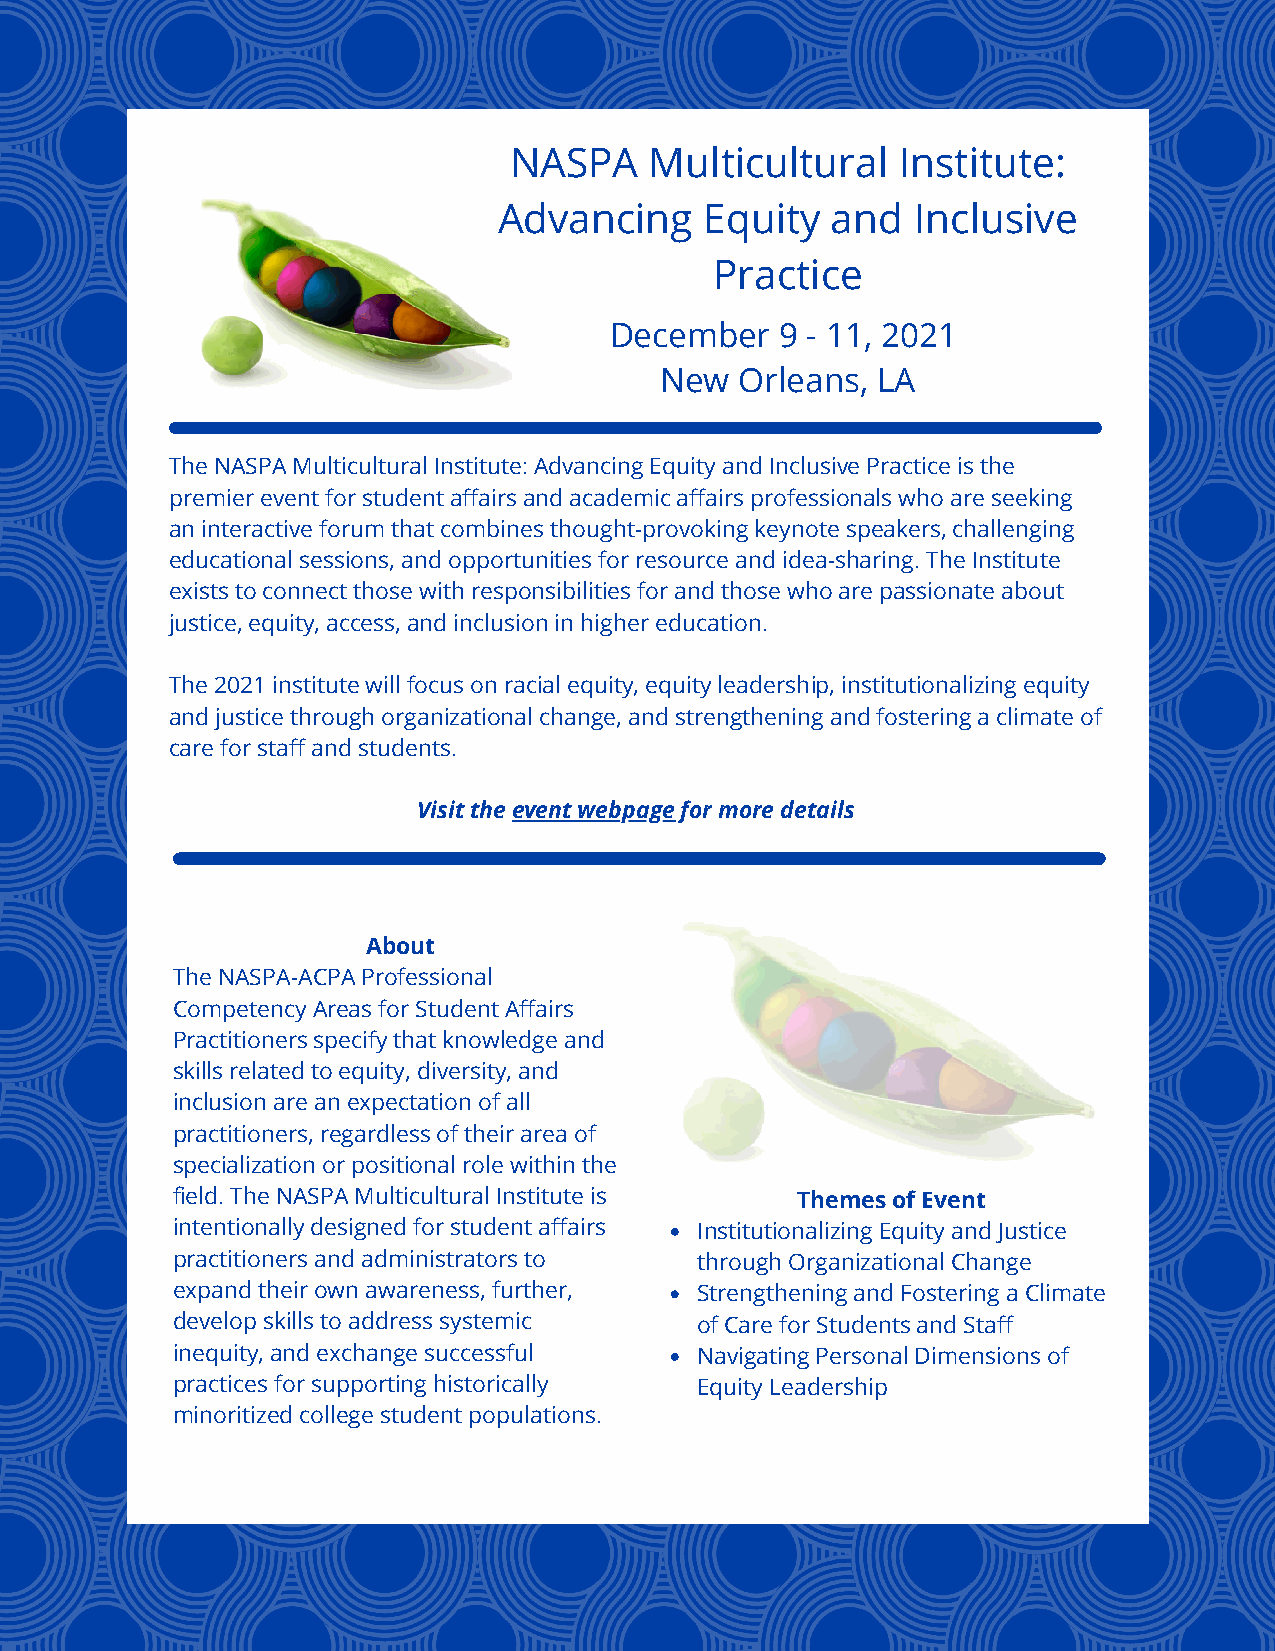
NASPA    Multicultural    Institute:
 Advancing     Equity  and   Inclusive
 Practice
 December    9 - 11, 2021
 New  Orleans, LA
 The NASPA Multicultural Institute: Advancing Equity and Inclusive Practice is the
 premier event for student affairs and academic affairs professionals who are seeking
 an interactive forum that combines thought-provoking keynote speakers, challenging
 educational sessions, and opportunities for resource and idea-sharing. The Institute
 exists to connect those with responsibilities for and those who are passionate about
 justice, equity, access, and inclusion in higher education.
 The 2021 institute will focus on racial equity, equity leadership, institutionalizing equity
 and justice through organizational change, and strengthening and fostering a climate of
 care for staff and students.
 Visit the event webpage for more details
 About
 The NASPA-ACPA Professional
 Competency Areas for Student Affairs
 Practitioners specify that knowledge and
 skills related to equity, diversity, and
 inclusion are an expectation of all
 practitioners, regardless of their area of
 specialization or positional role within the
 field. The NASPA Multicultural Institute is Themes of Event
 intentionally designed for student affairs Institutionalizing Equity and Justice
 practitioners and administrators to through Organizational Change
 expand their own awareness, further, Strengthening and Fostering a Climate
 develop skills to address systemic of Care for Students and Staff
 inequity, and exchange successful  Navigating Personal Dimensions of
 practices for supporting historically Equity Leadership
 minoritized college student populations.